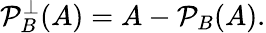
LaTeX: {\mathcal{P}}_{B}^{\perp}(A)=A-{\mathcal{P}}_{B}(A).